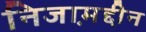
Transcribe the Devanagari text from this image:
निजाम़द्दीन